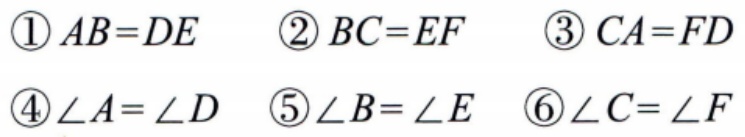
\textcircled{1} \(AB = DE\)  \textcircled{2} \(BC = EF\)  \textcircled{3} \(CA = FD\)
\textcircled{4} \(\angle A=\angle D\)  \textcircled{5} \(\angle B=\angle E\)  \textcircled{6} \(\angle C=\angle F\)